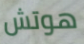
هوتش